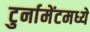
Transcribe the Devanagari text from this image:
टुर्नामेंटमध्ये